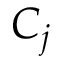
C _ { j }